Annual report of lunatic asylums [Bombay] - 1912-1922
Year: 1912
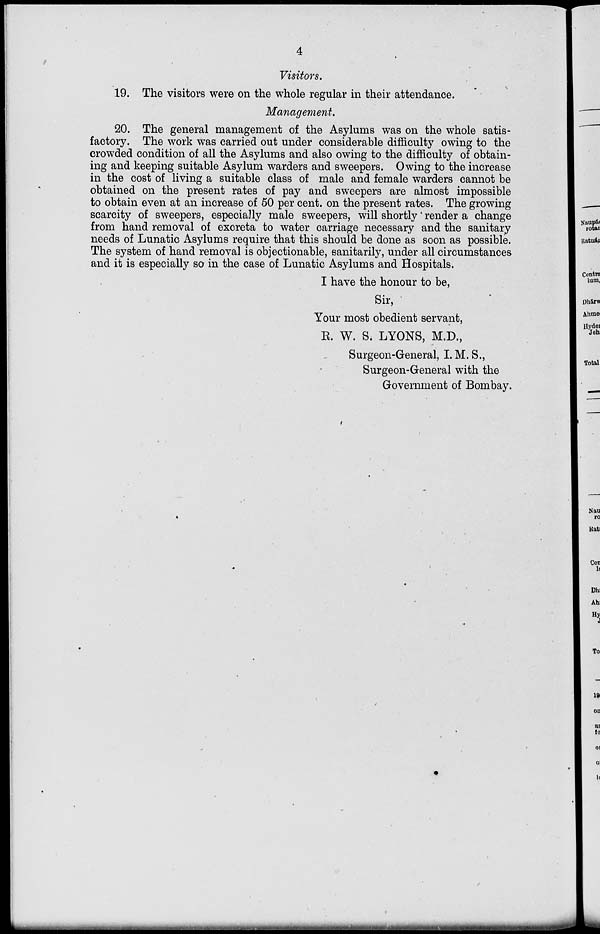
4
Visitors.
19. The visitors were on the whole regular in their attendance.
Management.
20. The general management of the Asylums was on the whole satis-
factory. The work was carried out under considerable difficulty owing to the
crowded condition of all the Asylums and also owing to the difficulty of obtain-
ing and keeping suitable Asylum warders and sweepers. Owing to the increase
in the cost of living a suitable class of male and female warders cannot be
obtained on the present rates of pay and sweepers are almost impossible
to obtain even at an increase of 50 per cent, on the present rates. The growing
scarcity of sweepers, especially male sweepers, will shortly render a change
from hand removal of excreta to water carriage necessary and the sanitary
needs of Lunatic Asylums require that this should be done as soon as possible.
The system of hand removal is objectionable, sanitarily, under all circumstances
and it is especially so in the case of Lunatic Asylums and Hospitals.
I have the honour to be,
Sir,
Your most obedient servant,
R. W. S. LYONS, M.D.,
Surgeon-General, I. M. S.,
Surgeon-General with the
Government of Bombay.